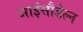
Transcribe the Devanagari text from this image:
आइंसौडेल्न